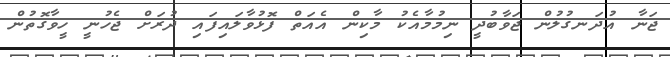
ޖަނާ އުދަނގުލުން ޖަވާބުދީ ނިމުމާއެކު މާކިން އެއަތް ފޮޅުވާލައިފައި ދުރަށް ޖެހުނީ ހީވާގޮތުން